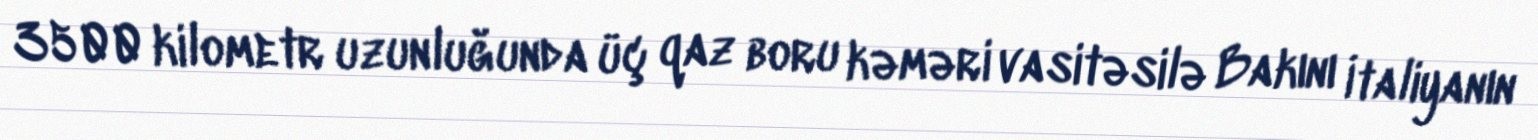
3500 kilometr uzunluğunda üç qaz boru kəməri vasitəsilə Bakını İtaliyanın